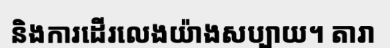
និងការដើរលេងយ៉ាងសប្បាយ។ តារា